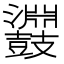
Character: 鼝